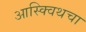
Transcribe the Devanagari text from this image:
आस्क्विथचा